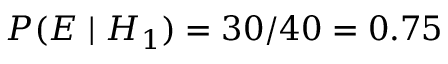
P ( E \mid H _ { 1 } ) = 3 0 / 4 0 = 0 . 7 5